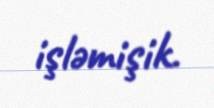
işləmişik.